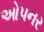
ઓપનર